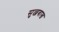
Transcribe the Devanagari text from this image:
सुल्जबाख